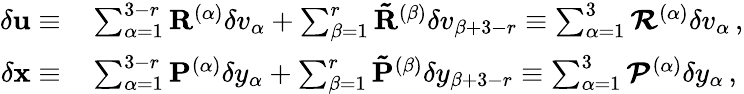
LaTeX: \begin{array}{rl}{\delta{\mathbf{u}}\equiv}&{{}\sum_{\alpha=1}^{3-r}\mathbf{R}^{(\alpha)}\delta v_{\alpha}+\sum_{\beta=1}^{r}\mathbf{\tilde{R}}^{(\beta)}\delta v_{\beta+3-r}\equiv\sum_{\alpha=1}^{3}\mathbfcal{R}^{(\alpha)}\delta v_{\alpha}\, ,}\\ {\delta{\mathbf{x}}\equiv}&{{}\sum_{\alpha=1}^{3-r}\mathbf{P}^{(\alpha)}\delta y_{\alpha}+\sum_{\beta=1}^{r}\mathbf{\tilde{P}}^{(\beta)}\delta y_{\beta+3-r}\equiv\sum_{\alpha=1}^{3}\mathbfcal{P}^{(\alpha)}\delta y_{\alpha}\, ,}\end{array}